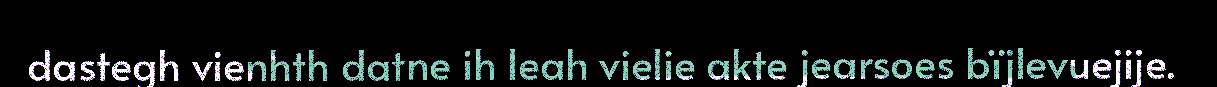
dastegh vienhth datne ih leah vielie akte jearsoes bïjlevuejije.